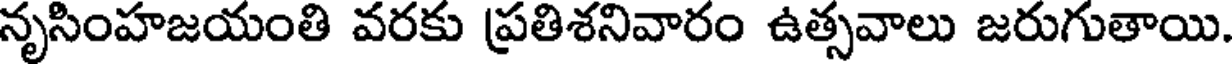
నృసింహజయంతి వరకు ప్రతిశనివారం ఉత్సవాలు జరుగుతాయి.